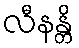
လီနန္တိ